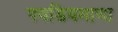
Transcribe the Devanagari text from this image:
पयडियमाणा